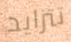
تتزايد